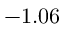
- 1 . 0 6